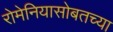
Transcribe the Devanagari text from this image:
रोमेनियासोबतच्या